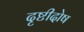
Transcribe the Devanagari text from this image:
दृष्टीदोष